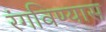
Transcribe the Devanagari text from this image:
रंगविण्यास